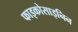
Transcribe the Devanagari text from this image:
फाइकोसाइनिन